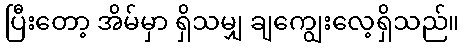
ပြီးတော့ အိမ်မှာ ရှိသမျှ ချကျွေးလေ့ရှိသည်။